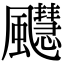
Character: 𫗆